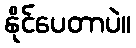
နိုင်ပေတာပဲ။